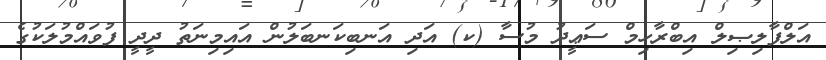
އަލްފާލިޞިލް އިބްރާހިމް ސަޢީދު މުސާ (ކ) އަދި އަނބިކަނބަލުން އައިމިނަތު ދީދީ ފުވައްމުލަކުގެ